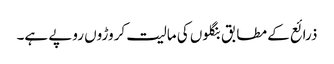
ذرائع کے مطابق بنگلوں کی مالیت کروڑوں روپے ہے۔